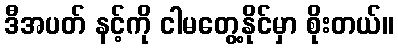
ဒီအပတ် နင့်ကို ငါမတွေ့နိုင်မှာ စိုးတယ်။